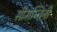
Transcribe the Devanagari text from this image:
सीमन्तिनी